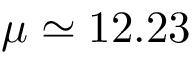
\mu \simeq 1 2 . 2 3